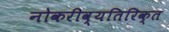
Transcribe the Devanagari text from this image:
नोकरीव्यतिरिक्त